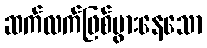
ဆက်လက်ဖြစ်ပွားနေသော